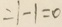
= 1 - 1 = 0